画像に写った文字を読んでください
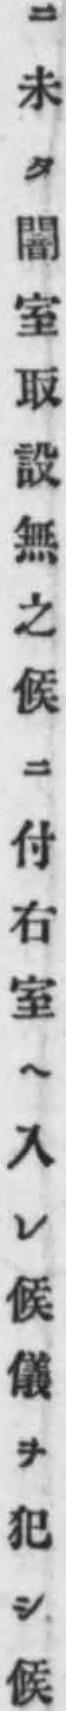
「ニ未タ闇室取設無之候ニ付右室ヘ入レ候儀ヲ犯シ候」と書いてあります